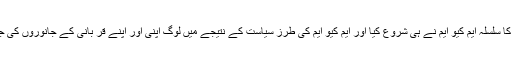
حافظ نعیم الرحمن نے کہا کہ کراچی کے اندر جبری کھالیں جمع کر نے کا سلسلہ ایم کیو ایم نے ہی شروع کیا اور ایم کیو ایم کی طرزِ سیاست کے نتیجے میں لوگ اپنی اور اپنے قر بانی کے جانوروں کی جانوں کے تحفظ کے لیے قر بانی کی کھالیں اسے دینے پر مجبور ہوئے ۔